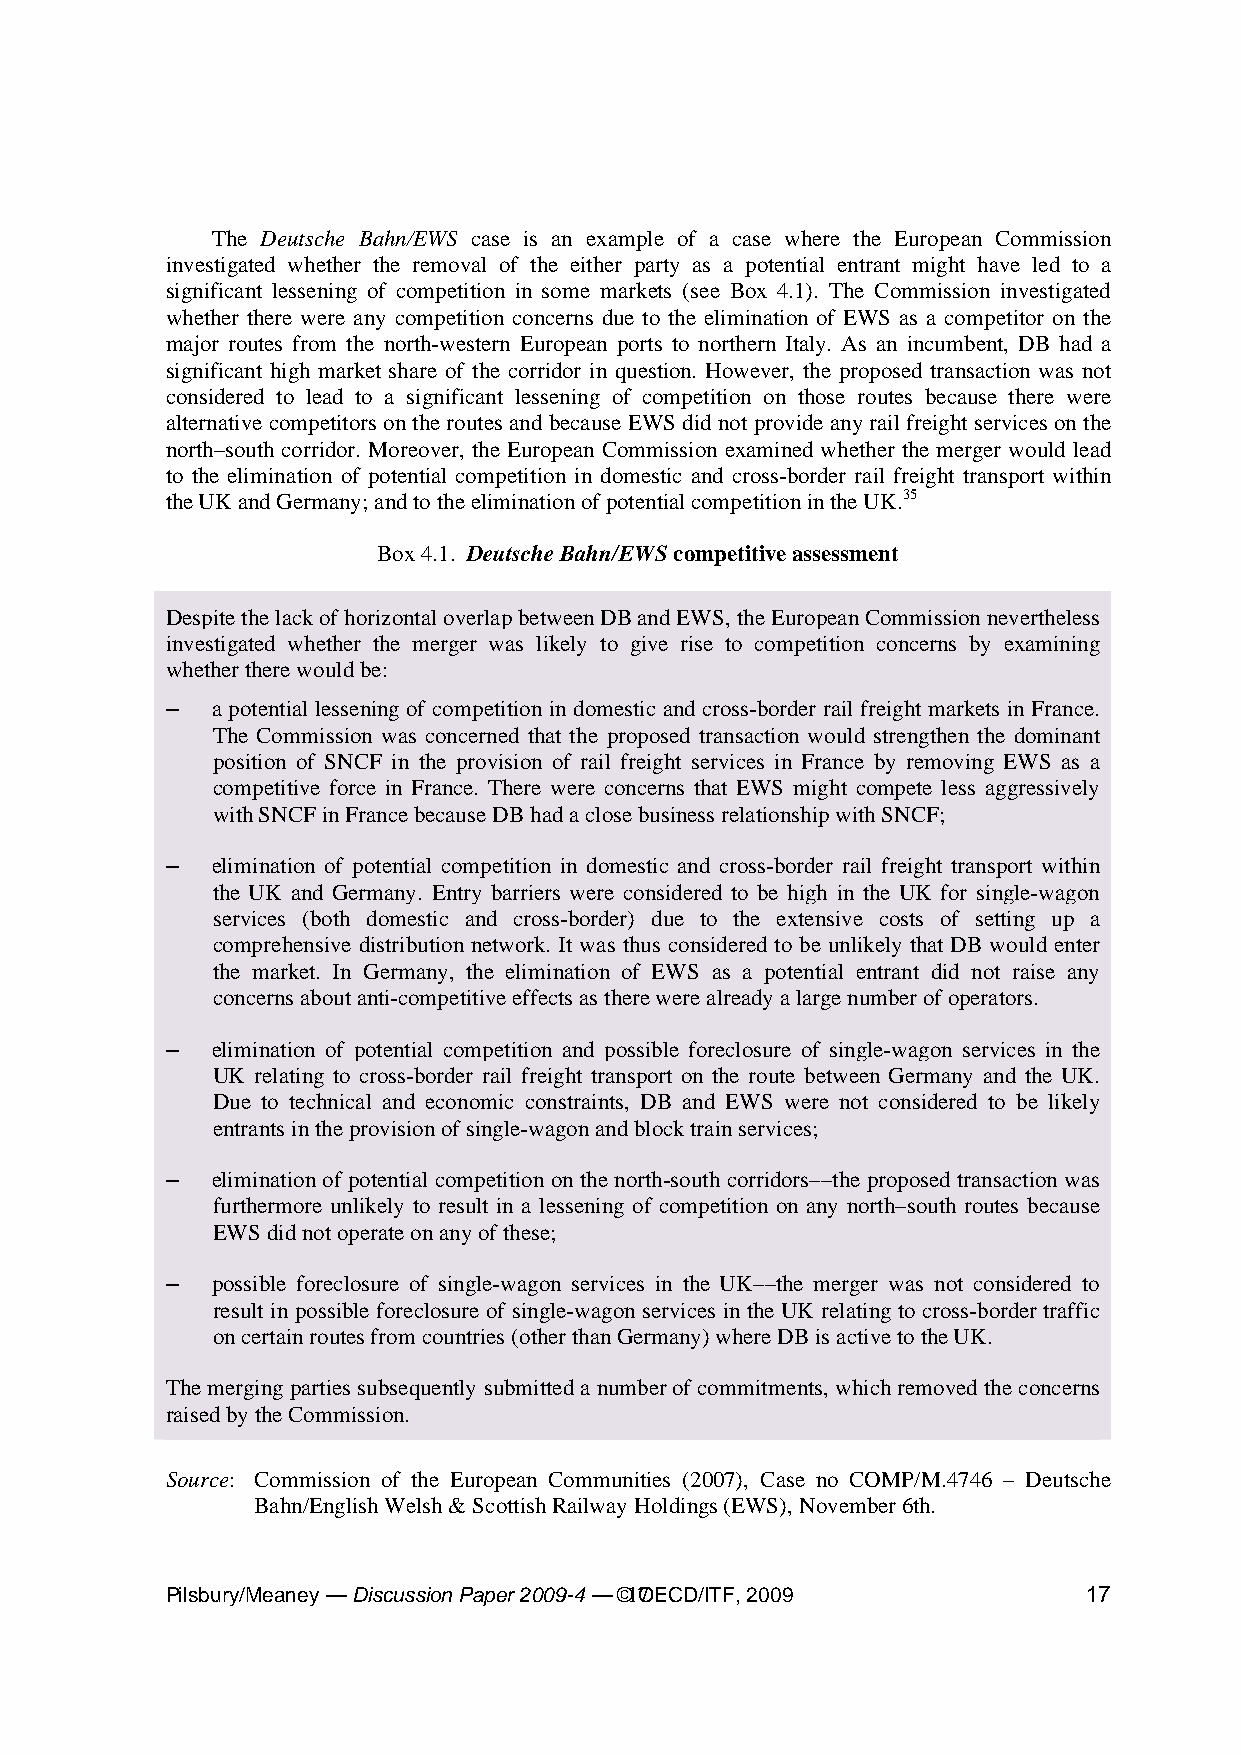
The Deutsche Bahn/EWS case is an example of a case where the European Commission
 investigated whether the removal of the either party as a potential entrant might have led to a
 significant lessening of competition in some markets (see Box 4.1). The Commission investigated
 whether there were any competition concerns due to the elimination of EWS as a competitor on the
 major routes from the north-western European ports to northern Italy. As an incumbent, DB had a
 significant high market share of the corridor in question. However, the proposed transaction was not
 considered to lead to a significant lessening of competition on those routes because there were
 alternative competitors on the routes and because EWS did not provide any rail freight services on the
 north–south corridor. Moreover, the European Commission examined whether the merger would lead
 to the elimination of potential competition in domestic and cross-border rail freight transport within
 the UK and Germany; and to the elimination of potential competition in the UK.35
 Box 4.1. Deutsche Bahn/EWS competitive assessment
 Despite the lack of horizontal overlap between DB and EWS, the European Commission nevertheless
 investigated whether the merger was likely to give rise to competition concerns by examining
 whether there would be:
 –  a potential lessening of competition in domestic and cross-border rail freight markets in France.
 The Commission was concerned that the proposed transaction would strengthen the dominant
 position of SNCF in the provision of rail freight services in France by removing EWS as a
 competitive force in France. There were concerns that EWS might compete less aggressively
 with SNCF in France because DB had a close business relationship with SNCF;
 –  elimination of potential competition in domestic and cross-border rail freight transport within
 the UK and Germany. Entry barriers were considered to be high in the UK for single-wagon
 services (both domestic and cross-border) due to the extensive costs of setting up a
 comprehensive distribution network. It was thus considered to be unlikely that DB would enter
 the market. In Germany, the elimination of EWS as a potential entrant did not raise any
 concerns about anti-competitive effects as there were already a large number of operators.
 –  elimination of potential competition and possible foreclosure of single-wagon services in the
 UK relating to cross-border rail freight transport on the route between Germany and the UK.
 Due to technical and economic constraints, DB and EWS were not considered to be likely
 entrants in the provision of single-wagon and block train services;
 –  elimination of potential competition on the north-south corridors––the proposed transaction was
 furthermore unlikely to result in a lessening of competition on any north–south routes because
 EWS did not operate on any of these;
 –  possible foreclosure of single-wagon services in the UK––the merger was not considered to
 result in possible foreclosure of single-wagon services in the UK relating to cross-border traffic
 on certain routes from countries (other than Germany) where DB is active to the UK.
 The merging parties subsequently submitted a number of commitments, which removed the concerns
 raised by the Commission.
 Source: Commission of the European Communities (2007), Case no COMP/M.4746 – Deutsche
 Bahn/English Welsh & Scottish Railway Holdings (EWS), November 6th.
 Pilsbury/Meaney — Discussion Paper 2009-4 — ©1 7OECD/ITF, 2009 17